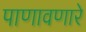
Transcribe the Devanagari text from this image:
पाणावणारे